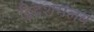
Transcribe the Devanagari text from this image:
द्विदशमलव